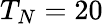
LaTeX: T_{N}=20